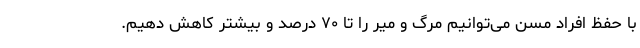
با حفظ افراد مسن می‌توانیم مرگ و میر را تا ۷۰ درصد و بیشتر کاهش دهیم.